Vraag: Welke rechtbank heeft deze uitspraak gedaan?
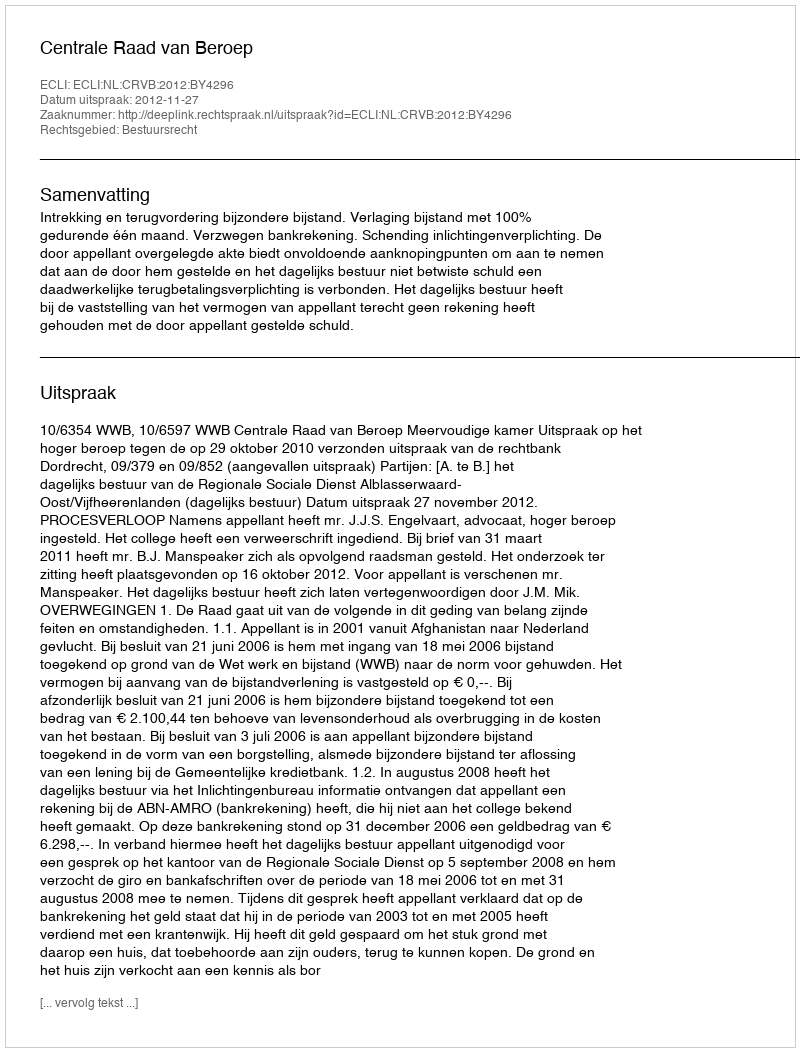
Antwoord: Centrale Raad van Beroep